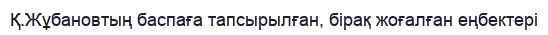
Қ.Жұбановтың баспаға тапсырылған, бірақ жоғалған еңбектері